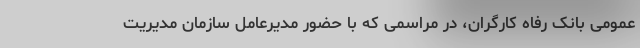
عمومی بانک رفاه کارگران، در مراسمی که با حضور مدیرعامل سازمان مدیریت